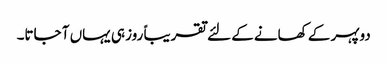
دوپہر کے کھانے کے لئے تقریباً روز ہی یہاں آ جاتا۔